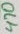
Text: 470